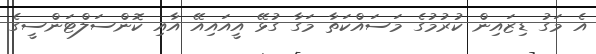
އެ މަގު ޑިޒައިން ކުރުމުގެ މަަސައްކަތާ މަގާ ގުޅޭ އީއައިއޭ އާއި ކޮންސަލްޓަންސީގެ